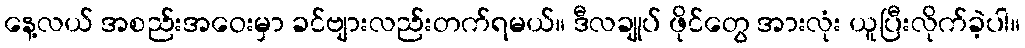
နေ့လယ် အစည်းအဝေးမှာ ခင်ဗျားလည်းတက်ရမယ်။ ဒီလချုပ် ဖိုင်တွေ အားလုံး ယူပြီးလိုက်ခဲ့ပါ။